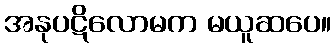
အနုပဋိလောမက မယူဆပေ။